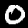
Label: 0